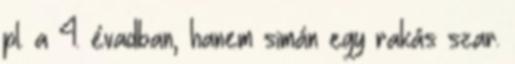
pl. a 4. évadban, hanem simán egy rakás szar.